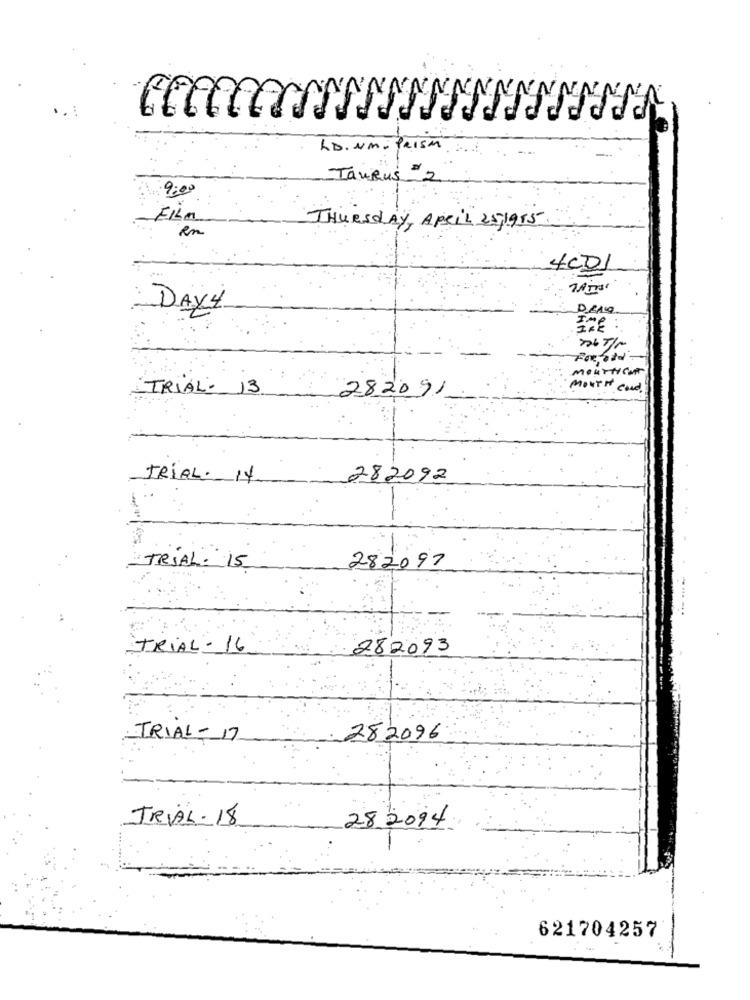
INNNNNNA
LD. UM - PRISM
Taurus 2
9:00
FiLa
en
Thursday, April 25,1955
4CD1
DAY 4
mourNICHT
TRIAL: 13
MOUTH cond.
282091-
TRIAL. 14
282092
TRIAL: 15
282097
TRIAL - 16
282093
TRIAL - 17
282096
TRVAL- 18
28 2094
621704257